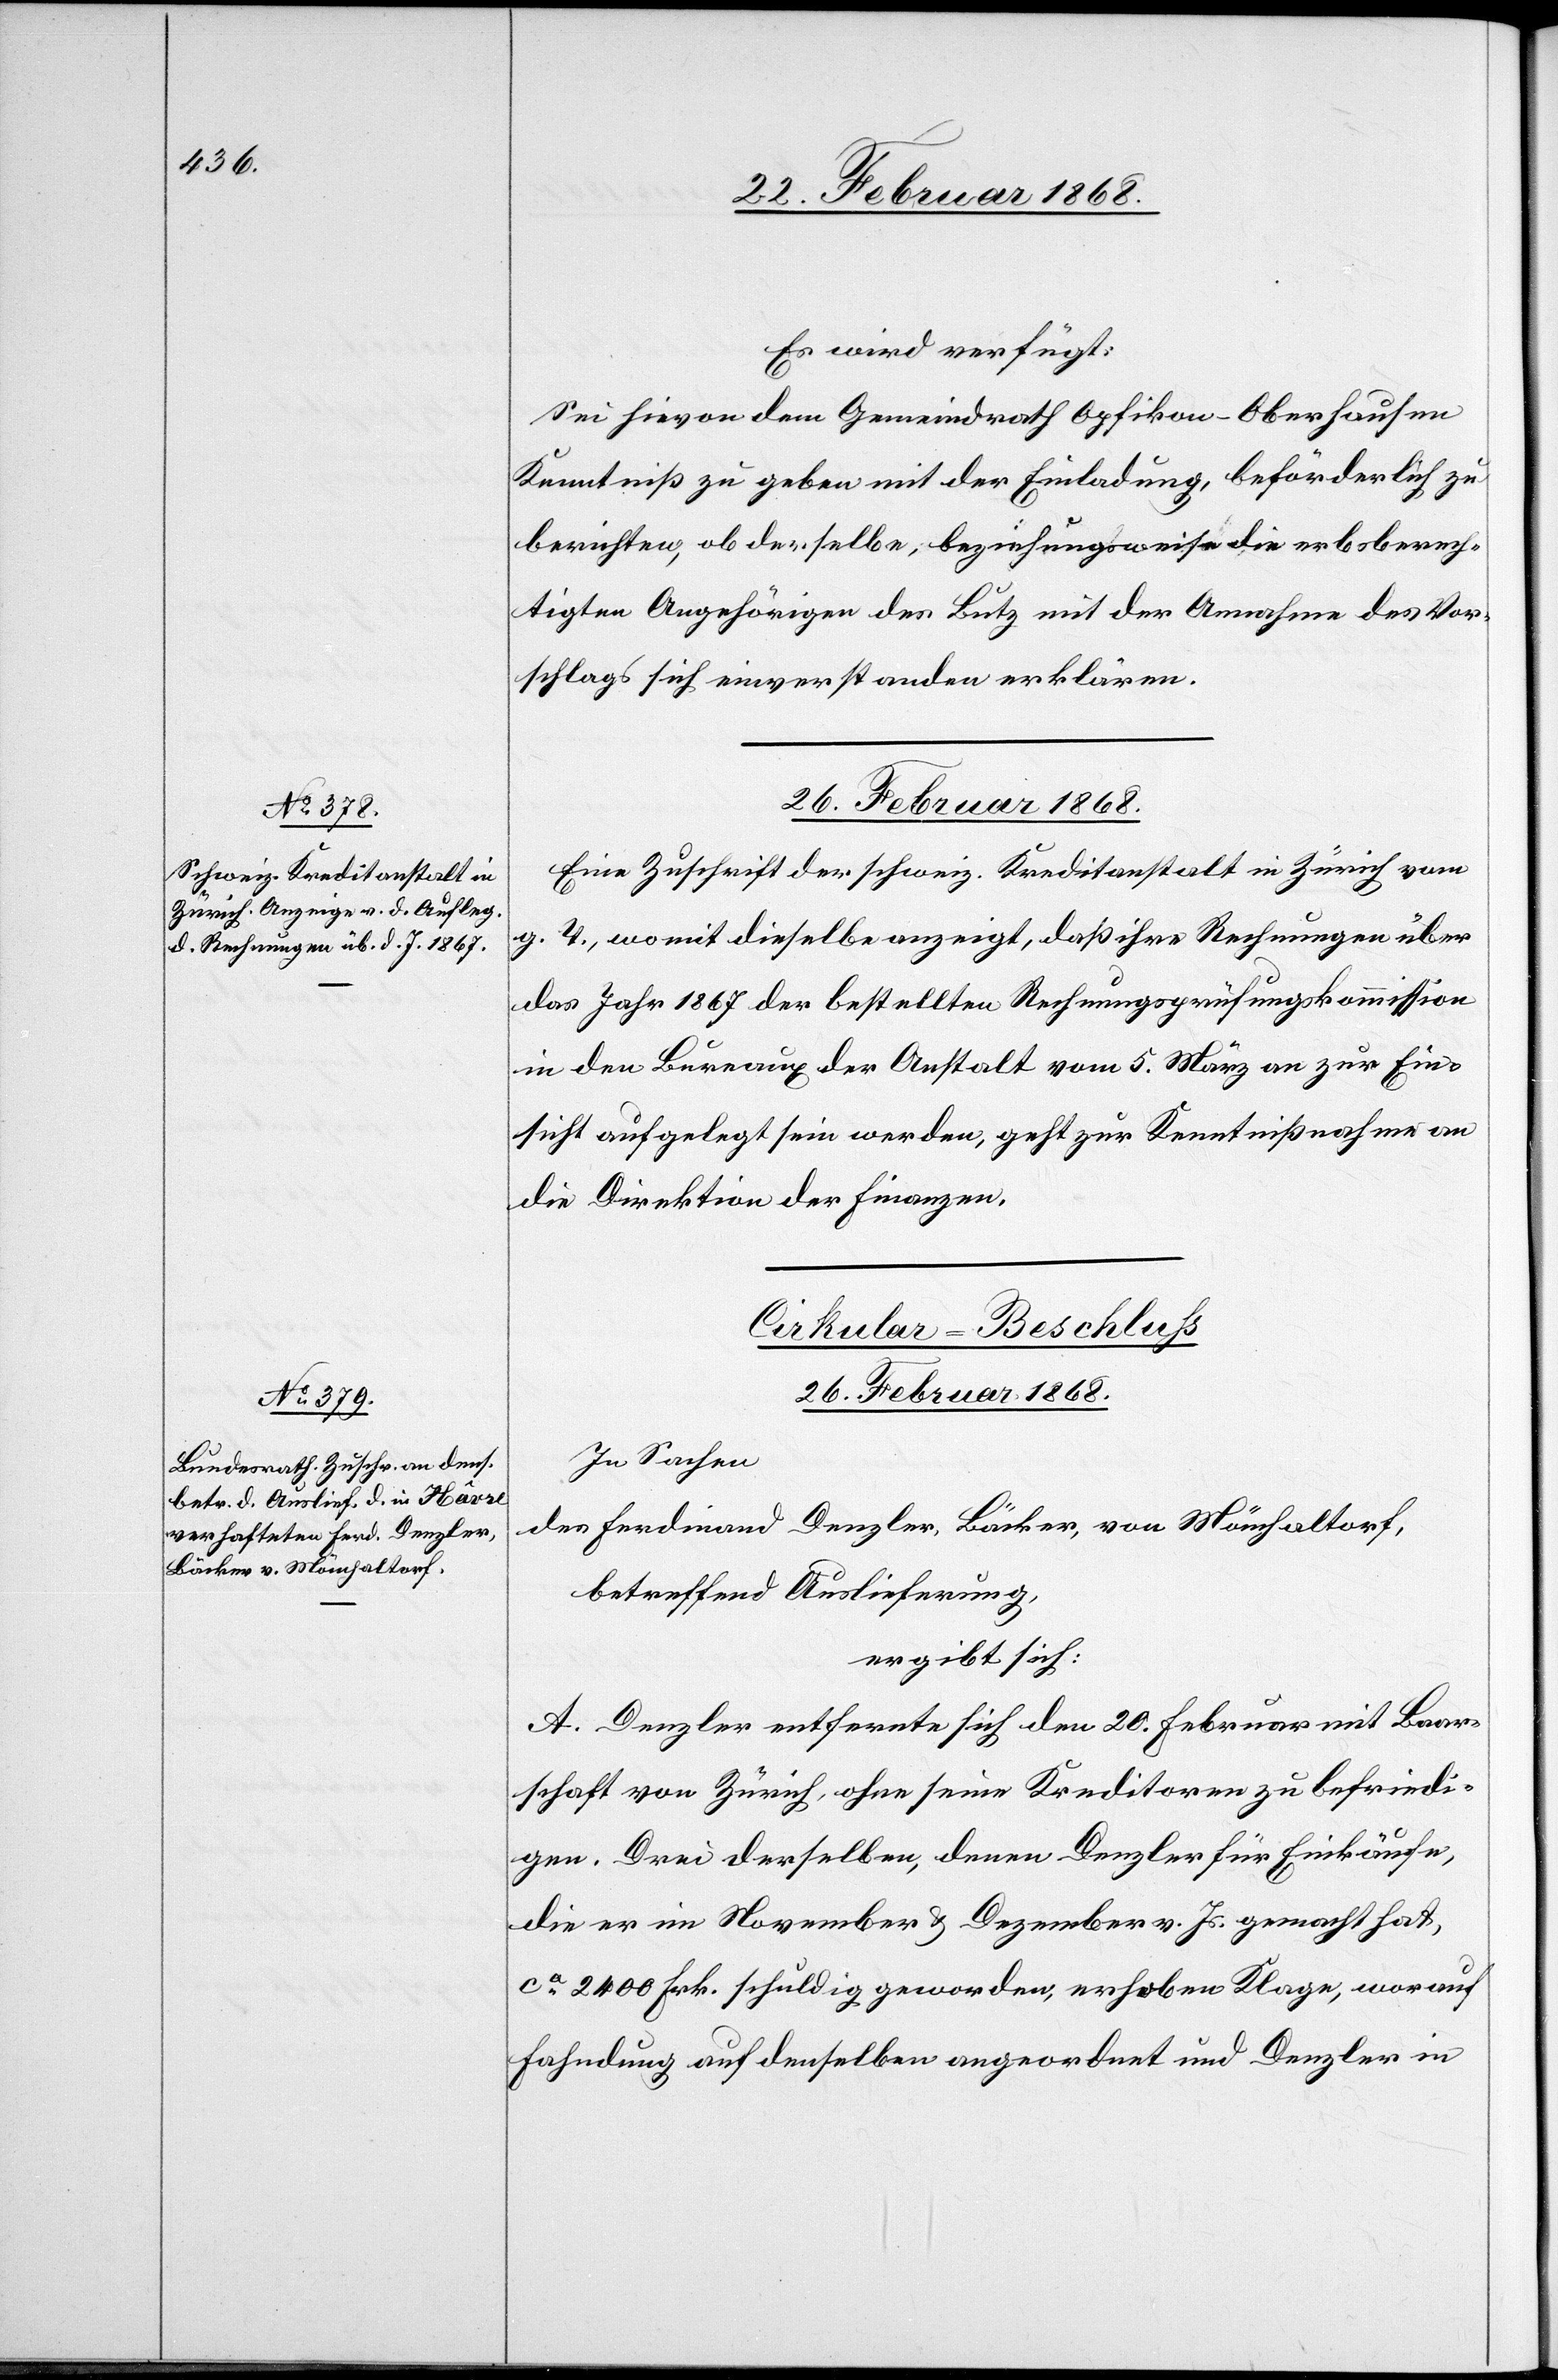
Es wird verfügt:
Sei hievon dem Gemeindrath Opfikon-Oberhausen
Kenntniß zu geben mit der Einladung, beförderlich zu
berichten, ob derselbe, beziehungsweise die erbsberech¬
tigten Angehörigen des Butz mit der Annahme des Vor¬
schlags sich einverstanden erklären.
26. Februar 1868.
Eine Zuschrift der schweiz. Kreditanstalt in Zürich vom
g. T., womit dieselbe anzeigt, daß ihre Rechnungen über
das Jahr 1867 der bestellten Rechnungsprüfungskommission
in den Bureaux der Anstalt vom 5. März an zur Ein¬
sicht aufgelegt sein werden, geht zur Kenntnißnahme an
die Direktion der Finanzen.
Cirkular-Beschluss
26. Februar 1868.
In Sachen
des Ferdinand Denzler, Bäcker, von Mönchaltorf,
betreffend Auslieferung,
ergibt sich:
A. Denzler entfernte sich den 20. Februar mit Baar¬
schaft von Zürich, ohne seine Kreditoren zu befriedi¬
gen. Drei derselben, denen Denzler für Einkäufe,
die er im November & Dezember v. Js. gemacht hat,
ca. 2400 Frk. schuldig geworden, erhoben Klage, worauf
Fahndung auf denselben angeordnet und Denzler in